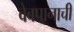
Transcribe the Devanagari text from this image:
वेबपानाची